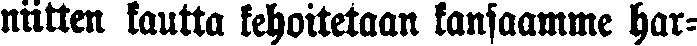
niitten kautta kehoitetaan kansaamme har-